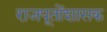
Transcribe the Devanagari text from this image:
राजपूतोंशासक